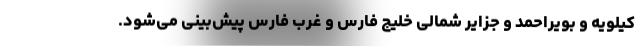
کیلویه و بویراحمد و جزایر شمالی خلیج فارس و غرب فارس پیش‌بینی می‌شود.